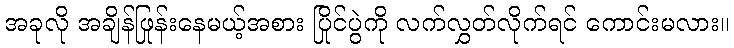
အခုလို အချိန်ဖြုန်းနေမယ့်အစား ပြိုင်ပွဲကို လက်လွှတ်လိုက်ရင် ကောင်းမလား။